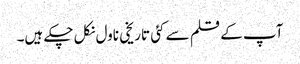
آپ کے قلم سے کئی تاریخی ناول نکل چکے ہیں۔